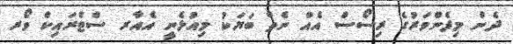
ދެން މިފެންވަރުގެ ރިސޯސް އެއް ނެތް ބަޔަކު މިއުޅެނީ އެއާރ ސްޓްރަައިކް ވޯރ